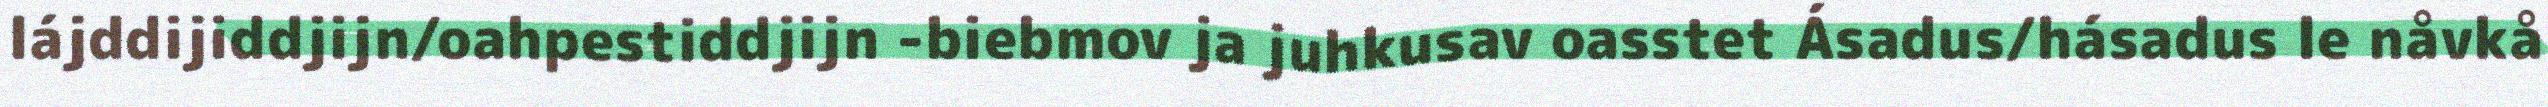
lájddijiddjijn/oahpestiddjijn -biebmov ja juhkusav oasstet Ásadus/hásadus le nåvkå